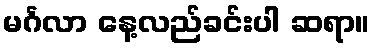
မင်္ဂလာ နေ့လည်ခင်းပါ ဆရာ။